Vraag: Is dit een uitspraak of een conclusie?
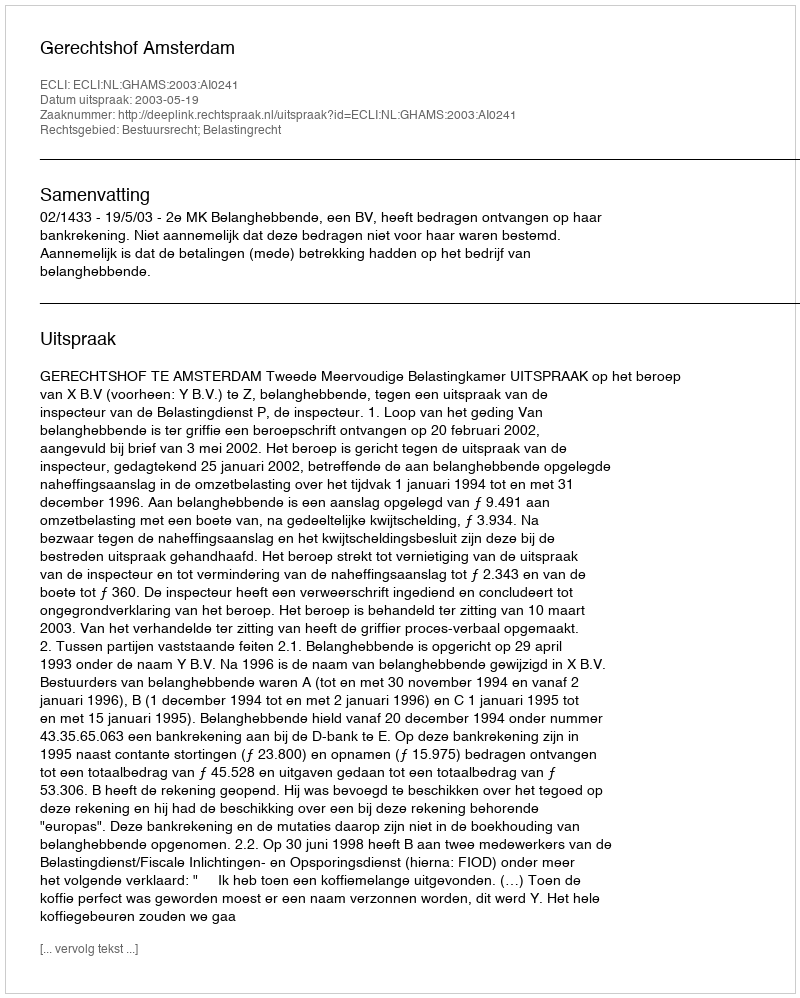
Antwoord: Uitspraak